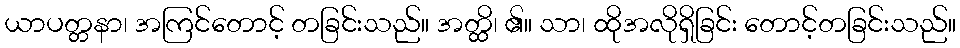
ယာပတ္တနာ၊ အကြင်တောင့် တခြင်းသည်။ အတ္ထိ၊ ၏။ သာ၊ ထိုအလိုရှိခြင်း တောင့်တခြင်းသည်။